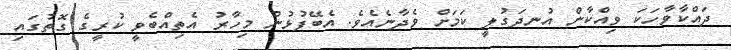
ދައްކާވާހަކަ ވިއްކާން އުނދަގުލީ ކަމަށް ވެދާނެއެވެ. އެބޭފުޅުން މިހާރު އެތިއްބެވީ ކުރީގެ ގޮތުގައި